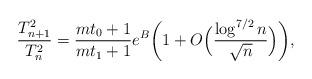
LaTeX: \begin{align*}{T_{n+1}^2\over T_{n}^2}={mt_0+1\over mt_1+1}e^B\biggl(1+O\Bigl({\log^{7/2}{n}\over\sqrt{n}}\Bigr)\biggr),\end{align*}